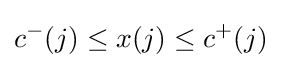
c^{-}(j)\leq x(j)\leq c^{+}(j)